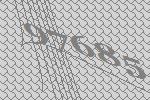
97685